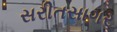
સરીતસાગર